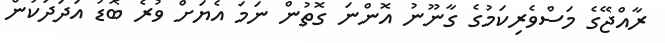
ރާއްޖޭގެ މަސްވެރިކަމުގެ ގާނޫނު އޮންނަ ގޮތުން ނަމަ އެޔަށް ވުރެ ބޮޑު އަދަދަކުން